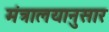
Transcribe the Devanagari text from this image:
मंत्रालयानुसार